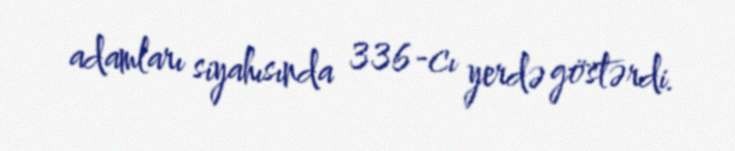
adamları siyahısında 336-cı yerdə göstərdi.